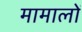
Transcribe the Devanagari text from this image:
मामालों